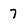
Character: 7